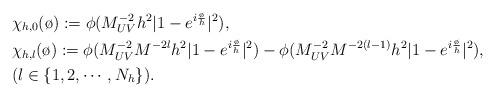
LaTeX: \begin{align*}&\chi_{h,0}(\o):=\phi(M_{UV}^{-2}h^2|1-e^{i\frac{\o}{h}}|^2),\\&\chi_{h,l}(\o):=\phi(M_{UV}^{-2}M^{-2l}h^2|1-e^{i\frac{\o}{h}}|^2)-\phi(M_{UV}^{-2}M^{-2(l-1)}h^2|1-e^{i\frac{\o}{h}}|^2),\\&(l\in\{1,2,\cdots,N_h\}).\end{align*}